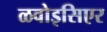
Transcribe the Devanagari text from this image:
ळवोइसिएर